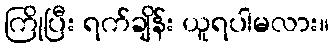
ကြိုပြီး ရက်ချိန်း ယူရပါမလား။